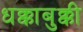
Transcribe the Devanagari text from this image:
धक्काबुक्की